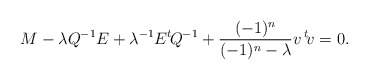
\begin{align*}M-\lambda Q^{-1}E+\lambda^{-1}E^t\!Q^{-1}+\frac{(-1)^n}{(-1)^n-\lambda}v\,^t\!v=0.\end{align*}